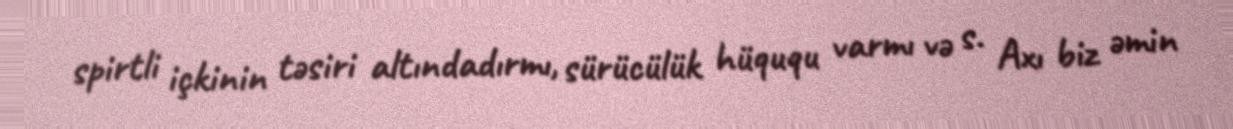
spirtli içkinin təsiri altındadırmı, sürücülük hüququ varmı və s. Axı biz əmin